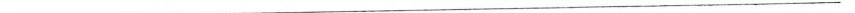
___